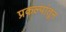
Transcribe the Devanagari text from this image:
प्रकल्पांतून